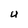
Character: U